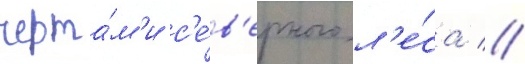
черта́м'и с'е́в'ерного л'е́са //